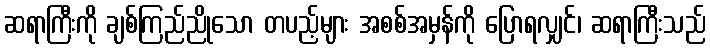
ဆရာကြီးကို ချစ်ကြည်ညိုသော တပည့်များ အစစ်အမှန်ကို ပြောရလျှင်၊ ဆရာကြီးသည်